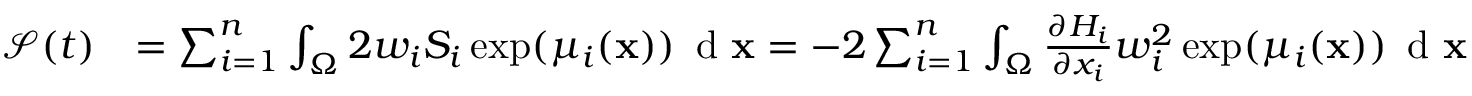
\begin{array} { r l } { \mathcal { S } ( t ) } & { = \sum _ { i = 1 } ^ { n } \int _ { \Omega } 2 w _ { i } S _ { i } \exp ( \mu _ { i } ( \mathbf { x } ) ) \, \textup { d } \mathbf { x } = - 2 \sum _ { i = 1 } ^ { n } \int _ { \Omega } \ensuremath { \frac { \partial H _ { i } } { \partial x _ { i } } } w _ { i } ^ { 2 } \exp ( \mu _ { i } ( \mathbf { x } ) ) \, \textup { d } \mathbf { x } } \end{array}